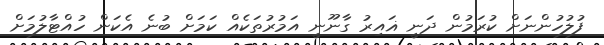
ފުލުހުންނަށް ކުރަމުން ދަނީ ޣައިރުު ގާނޫނީ އަމުރުތަކެއް ކަމަށް ބުނެ އެކަން ހުއްޓާލުމަށް